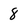
Character: 8